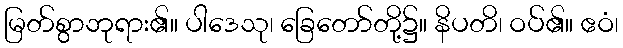
မြတ်စွာဘုရား၏။ ပါဒေသု၊ ခြေတော်တို့၌။ နိပတိ၊ ဝပ်၏။ ဧဝံ၊